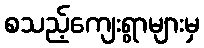
စသည့်ကျေးရွာများမှ